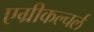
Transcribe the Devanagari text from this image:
एग्रीकल्चर्ल